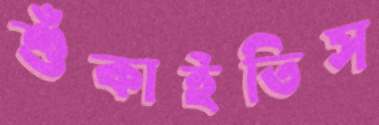
শুঁকাইতিস